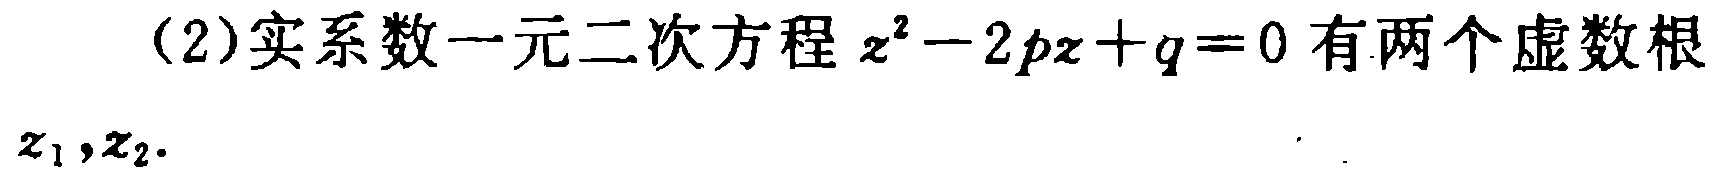
(2)实系数一元二次方程\(z^{2}-2pz + q = 0\)有两个虚数根\(z_{1},z_{2}\).